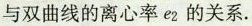
与双曲线的离心率e_{2}的关系.